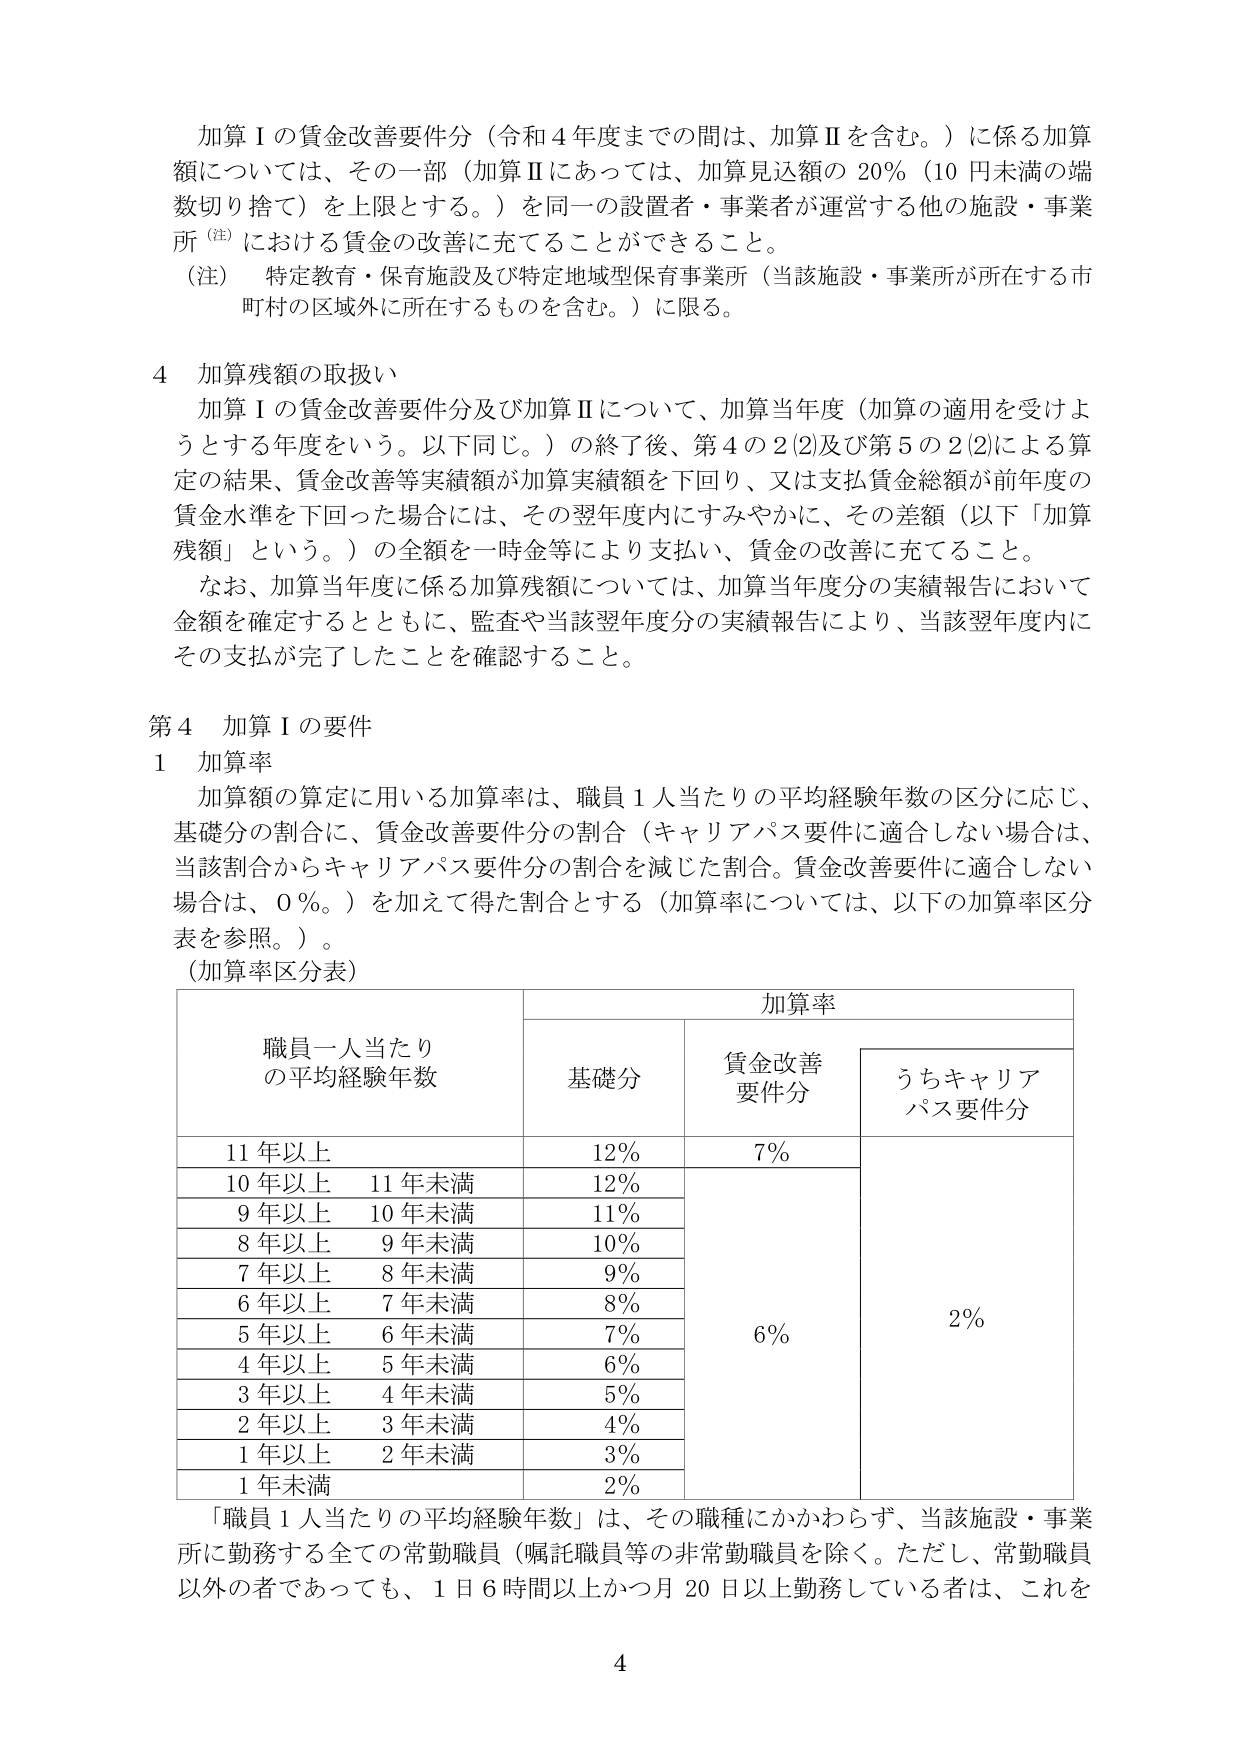
加算Ⅰの賃金改善要件分（令和４年度までの間は、加算Ⅱを含む。）に係る加算額については、その一部（加算Ⅱにあっては、加算見込額の20％（10円未満の端数切り捨て）を上限とする。）を同一の設置者・事業者が運営する他の施設・事業所（注）における賃金の改善に充てることができる。

（注） 特定教育・保育施設及び特定地域型保育事業所（当該施設・事業所が所在する市町村の区域外に所在するものを含む。）に限る。

4 加算残額の取扱い

加算Ⅰの賃金改善要件分及び加算Ⅱについて、加算当年度（加算の適用を受けようとする年度をいう。以下同じ。）の終了後、第4の2(2)及び第5の2(2)による算定の結果、賃金改善等実績額が加算実績額を下回り、又は支払賃金総額が前年度の賃金水準を下回った場合には、その翌年度内にすみやかに、その差額（以下「加算残額」という。）の全額を一時金等により支払い、賃金の改善に充てること。

なお、加算当年度に係る加算残額については、加算当年度分の実績報告において金額を確定するとともに、監査や当該翌年度分の実績報告により、当該翌年度内にその支払が完了したことを確認すること。

第4 加算Ⅰの要件

1 加算率

加算額の算定に用いる加算率は、職員1人当たりの平均経験年数の区分に応じ、基礎分の割合に、賃金改善要件分の割合（キャリアパス要件に適合しない場合は、当該割合からキャリアパス要件分の割合を減じた割合。賃金改善要件に適合しない場合は、0％。）を加えて得た割合とする（加算率については、以下の加算率区分表を参照。）。

（加算率区分表）

| 職員一人当たりの平均経験年数 | 基礎分 | 賃金改善要件分 | うちキャリアパス要件分 |
|------------------------------|--------|----------------|------------------------|
| 11年以上                     | 12％   | 7％            |                        |
| 10年以上 11年未満            | 12％   |                |                        |
| 9年以上 10年未満             | 11％   |                |                        |
| 8年以上 9年未満              | 10％   |                |                        |
| 7年以上 8年未満              | 9％    |                |                        |
| 6年以上 7年未満              | 8％    |                |                        |
| 5年以上 6年未満              | 7％    | 6％            | 2％                    |
| 4年以上 5年未満              | 6％    |                |                        |
| 3年以上 4年未満              | 5％    |                |                        |
| 2年以上 3年未満              | 4％    |                |                        |
| 1年以上 2年未満              | 3％    |                |                        |
| 1年未満                      | 2％    |                |                        |

「職員1人当たりの平均経験年数」は、その職種にかかわらず、当該施設・事業所に勤務する全ての常勤職員（嘱託職員等の非常勤職員を除く。ただし、常勤職員以外の者であっても、1日6時間以上かつ月20日以上勤務している者は、これを

4